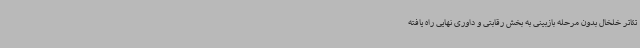
تئاتر خلخال بدون مرحله بازبینی به بخش رقابتی و داوری نهایی راه یافته